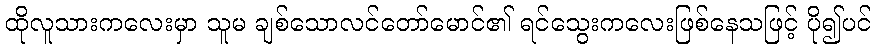
ထိုလူသားကလေးမှာ သူမ ချစ်သောလင်တော်မောင်၏ ရင်သွေးကလေးဖြစ်နေသဖြင့် ပို၍ပင်